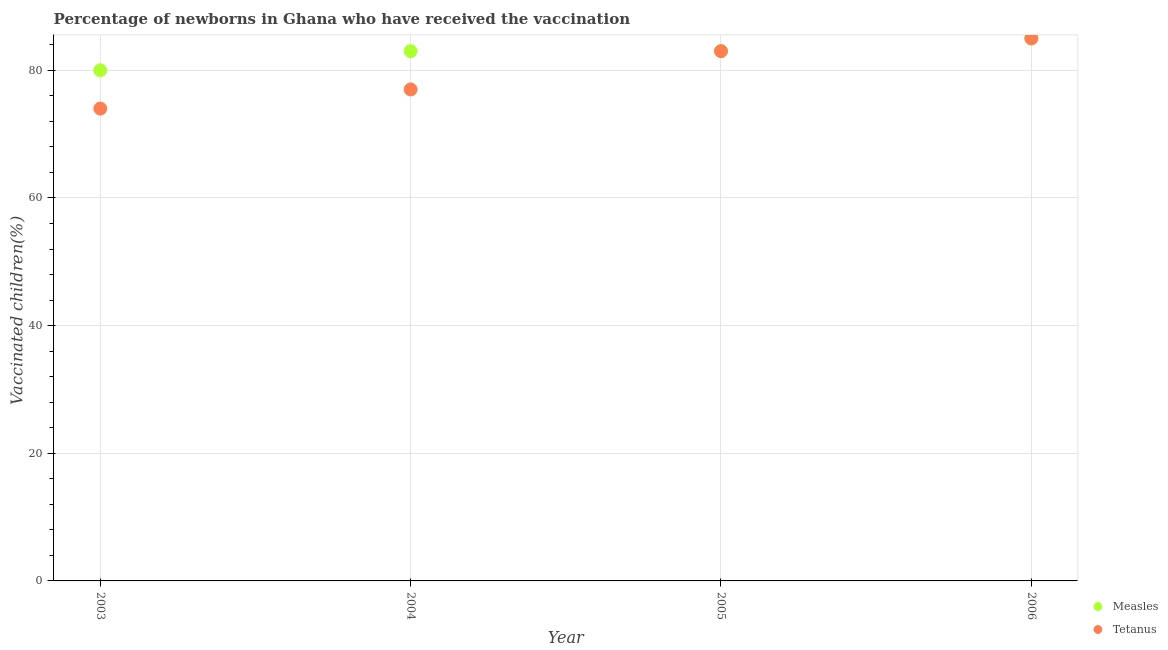
| Year | Measles | Tetanus |
 | --- | --- | --- |
 | 2003 | 80 | 74 |
 | 2004 | 83 | 77 |
 | 2005 | 83 | 83 |
 | 2006 | 85 | 85 |